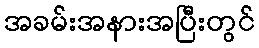
အခမ်းအနားအပြီးတွင်